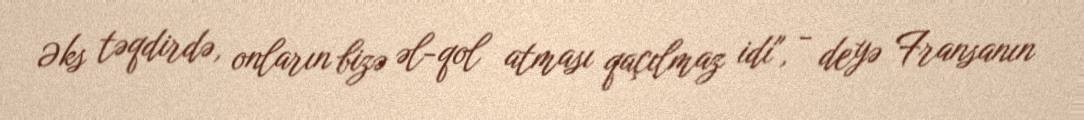
Əks təqdirdə, onların bizə əl-qol atması qaçılmaz idi", - deyə Fransanın